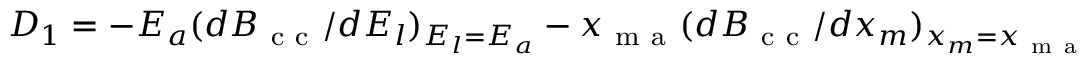
D _ { 1 } = - E _ { a } ( d { \cal B } _ { \mathrm { ~ c ~ c ~ } } / d E _ { l } ) _ { E _ { l } = E _ { a } } - x _ { \mathrm { ~ m ~ a ~ } } ( d { \cal B } _ { \mathrm { ~ c ~ c ~ } } / d x _ { m } ) _ { x _ { m } = x _ { \mathrm { ~ m ~ a ~ } } }